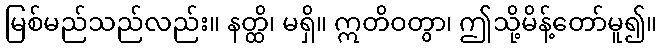
မြစ်မည်သည်လည်း။ နတ္ထိ၊ မရှိ။ ဣတိဝတွာ၊ ဤသို့မိန့်တော်မူ၍။